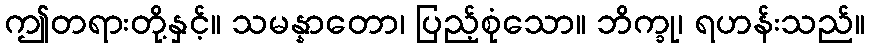
ဤတရားတို့နှင့်။ သမန္နာတော၊ ပြည့်စုံသော။ ဘိက္ခု၊ ရဟန်းသည်။